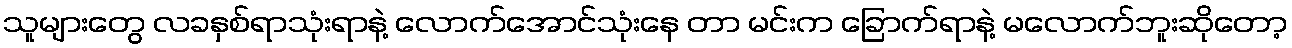
သူများတွေ လခနှစ်ရာသုံးရာနဲ့ လောက်အောင်သုံးနေ တာ မင်းက ခြောက်ရာနဲ့ မလောက်ဘူးဆိုတော့